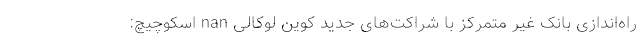
راه‌اندازی بانک غیر متمرکز با شراکت‌های جدید کوین لوکالی nan اسکوچیچ: